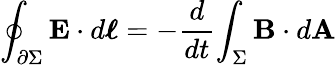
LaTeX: \oint_{\partial\Sigma}\mathbf{E}\cdot d{\boldsymbol{\ell}}=-{\frac{d}{dt}}{\int_{\Sigma}\mathbf{B}\cdot d\mathbf{A}}